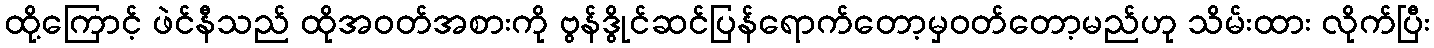
ထို့ကြောင့် ဖဲင်နီသည် ထိုအဝတ်အစားကို ဗွန်ဒွိုင်ဆင်ပြန်ရောက်တော့မှဝတ်တော့မည်ဟု သိမ်းထား လိုက်ပြီး